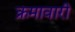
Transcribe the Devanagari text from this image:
क्रमावारी